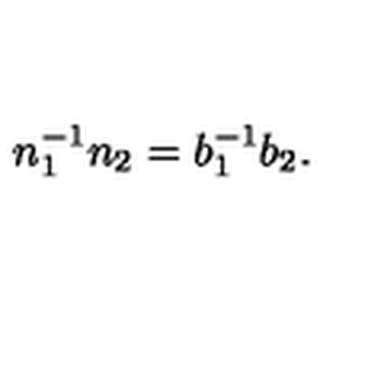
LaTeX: n _ { 1 } ^ { - 1 } n _ { 2 } = b _ { 1 } ^ { - 1 } b _ { 2 } .